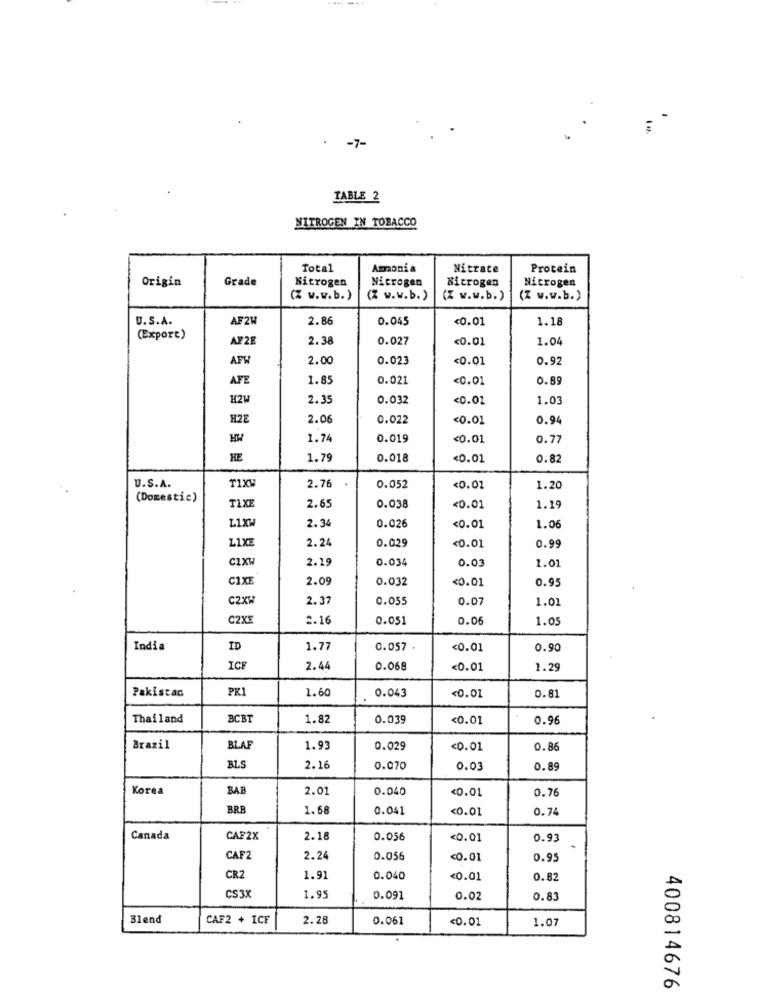
-7-
TABLE 2
NITROGEN IN TOBACCO
Total
Amonia
Nitrate
Protein
Origin
Grade
Nitrogen
Nitrogen
Nitrogen
Nitrogen
(% w.w.b.)
(Z w.w.b.)
(% w.w.b.)
(Z w.w.b.)
U.S.A.
AF21
2.86
0.045
<0.01
1.18
(Export)
AF2E
2.38
0.027
<0.01
1.04
AFW
2.00
0.023
<0.01
0.92
AFE
1.85
0.021
<0.01
0.89
H2H
2.35
0.032
<0.01
1.03
H2E
2.06
0.022
<0.01
0.94
HW
1.7
0.019
<0.01
0.77
HE
1.7
0.018
<0.01
0.82
U.S.A.
T1XW
2.76
0.052
<0.02
1.20
(Domestic)
TAXE
2.65
0.038
<0.01
1.19
L1XW
2.34
0.026
<0.01
1.06
LIXE
2.24
0.029
<0.01
0.99
CIXW
2.19
0.034
0.03
1.01
CIXE
2.0
0.032
<0.01
0.9
C2XW
2.37
0.055
0.07
1.01
C2X5
2.16
0.051
0.06
1.05
India
ID
1.77
0.057
<0.01
0.90
ICF
2.44
0.068
<0.01
1.29
Pakistan
PK1
1.60
0.043
<0.01
0.81
Thailand
BCBT
1.82
0.039
<0.01
0.96
Brazil
BLAF
1.93
0.029
<0.01
0.86
BLS
2.16
0.070
0.03
0.89
Korea
BAB
2.01
0.040
0.76
<0.01
BRB
1. 68
0.041
<0.01
0.74
Canada
CAF2X
2.18
0.056
<0.01
0.93
CAF2
2.24
0.056
<0.01
0.95
CR2
1.91
0.040
<0.01
0.82
CS3X
1.95
0.091
0.02
0.83
Blend
CAF2 + ICF
2.28
0.061
<0.01
1.07
400814676